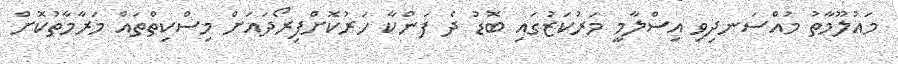
މައުލޫމާތު މުއްސަނދިވި އިސްލާމީ މަރުކަޒުގައި ބޮޑު ދެ ފަންކާ ހަރުކޮށްފިރޯދައަށް މިސްކިތްތައް މަރާމާތުކޮށް